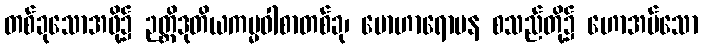
တစ်ခုသောအဖို့၌ ဉတ္တိဒုတိယကမ္မဝါစာတစ်ခု၊ မောဟာရောပန စသည်တို့၌ ဟောအပ်သော